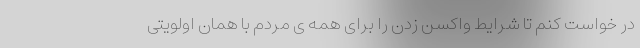
در خواست کنم تا شرایط واکسن زدن را برای همه ی مردم با همان اولویتی